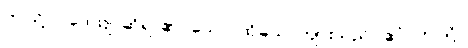
ဤသို့။ ဝဒေယျ၊ ဆိုရာ၏။ သော၊ ထိုယောကျ်ားသည်။ ဧဝံ၊ ဤသို့။